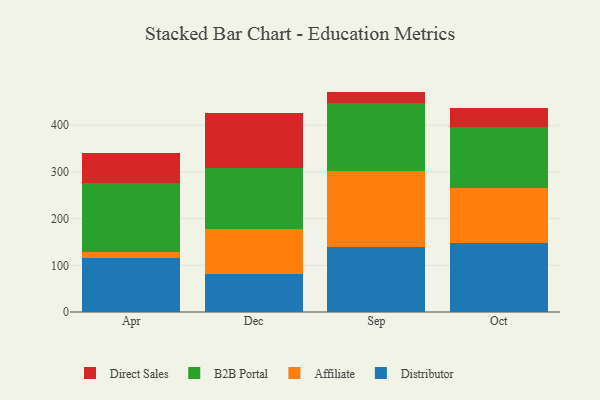
{"axis": {"x": "Month", "y": "Humidity (%)"}, "legend": ["Affiliate", "B2B Portal", "Direct Sales", "Distributor"], "data": [{"x": "Apr", "y": 116.1, "type": "Distributor"}, {"x": "Apr", "y": 13.1, "type": "Affiliate"}, {"x": "Apr", "y": 147.3, "type": "B2B Portal"}, {"x": "Apr", "y": 63.1, "type": "Direct Sales"}, {"x": "Dec", "y": 80.4, "type": "Distributor"}, {"x": "Dec", "y": 97.2, "type": "Affiliate"}, {"x": "Dec", "y": 130.2, "type": "B2B Portal"}, {"x": "Dec", "y": 118.1, "type": "Direct Sales"}, {"x": "Sep", "y": 139.8, "type": "Distributor"}, {"x": "Sep", "y": 162.1, "type": "Affiliate"}, {"x": "Sep", "y": 146.6, "type": "B2B Portal"}, {"x": "Sep", "y": 23.4, "type": "Direct Sales"}, {"x": "Oct", "y": 147.1, "type": "Distributor"}, {"x": "Oct", "y": 119.2, "type": "Affiliate"}, {"x": "Oct", "y": 129.3, "type": "B2B Portal"}, {"x": "Oct", "y": 42.1, "type": "Direct Sales"}]}